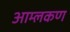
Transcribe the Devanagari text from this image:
आम्लकण